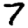
Digit: 7